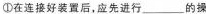
①在连接好装置后，应先进行___的操